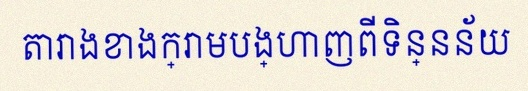
តារាងខាងក្រោមបង្ហាញពីទិន្នន័យ